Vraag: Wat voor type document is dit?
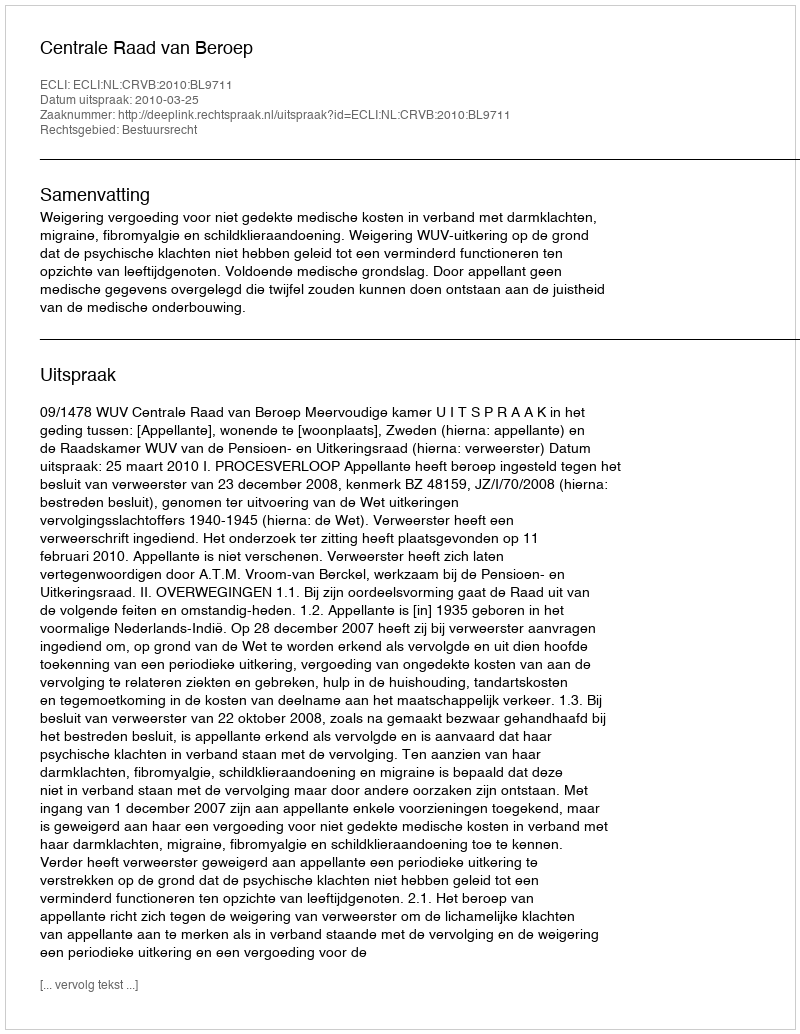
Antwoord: Uitspraak